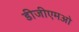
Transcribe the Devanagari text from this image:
डीजीएमओ